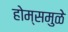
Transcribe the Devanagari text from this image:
होम्समुळे